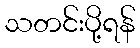
သတင်းပို့ရန်